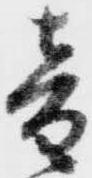
音